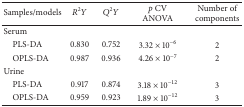
| Samples/models | R2Y | Q2Y | p CV ANOVA | Number of components |
 | --- | --- | --- | --- | --- |
 | Serum |  |  |  |  |
 | PLS-DA | 0.830 | 0.752 | 3.32 × 10−6 | 2 |
 | OPLS-DA | 0.987 | 0.936 | 4.26 × 10−7 | 2 |
 | Urine |  |  |  |  |
 | PLS-DA | 0.917 | 0.874 | 3.18 × 10−12 | 3 |
 | OPLS-DA | 0.959 | 0.923 | 1.89 × 10−12 | 3 |